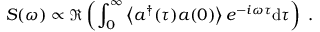
S ( \omega ) \propto \Re \left( \int _ { 0 } ^ { \infty } \left\langle a ^ { \dagger } ( \tau ) a ( 0 ) \right\rangle e ^ { - i \omega \tau } \mathrm { d } \tau \right) \; .